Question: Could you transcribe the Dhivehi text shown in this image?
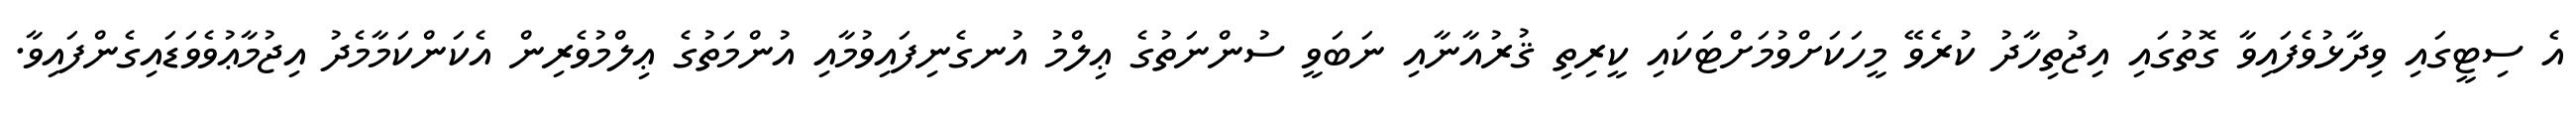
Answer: އެ ސިޓީގައި ވިދާޅުވެފައިވާ ގޮތުގައި އިޖުތިހާދު ކުރެވޭ މީހަކަށްވުމަށްޓަކައި ކީރިތި ޤުރުއާނާއި ނަބަވީ ސުންނަތުގެ ޢިލްމު އުނގެނިފައިވުމާއި އުންމަތުގެ ޢިލްމުވެރިން އެކަންކަމާމެދު އިޖުމާޢުވެވަޑައިގެންފައިވާ.